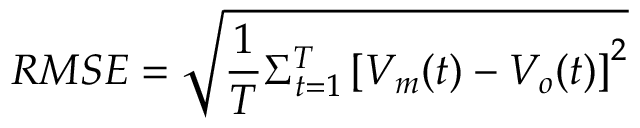
R M S E = \sqrt { \frac { 1 } { T } \Sigma _ { t = 1 } ^ { T } \left[ V _ { m } ( t ) - V _ { o } ( t ) \right] ^ { 2 } }